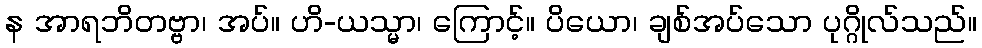
န အာရဘိတဗ္ဗာ၊ အပ်။ ဟိ-ယသ္မာ၊ ကြောင့်။ ပိယော၊ ချစ်အပ်သော ပုဂ္ဂိုလ်သည်။